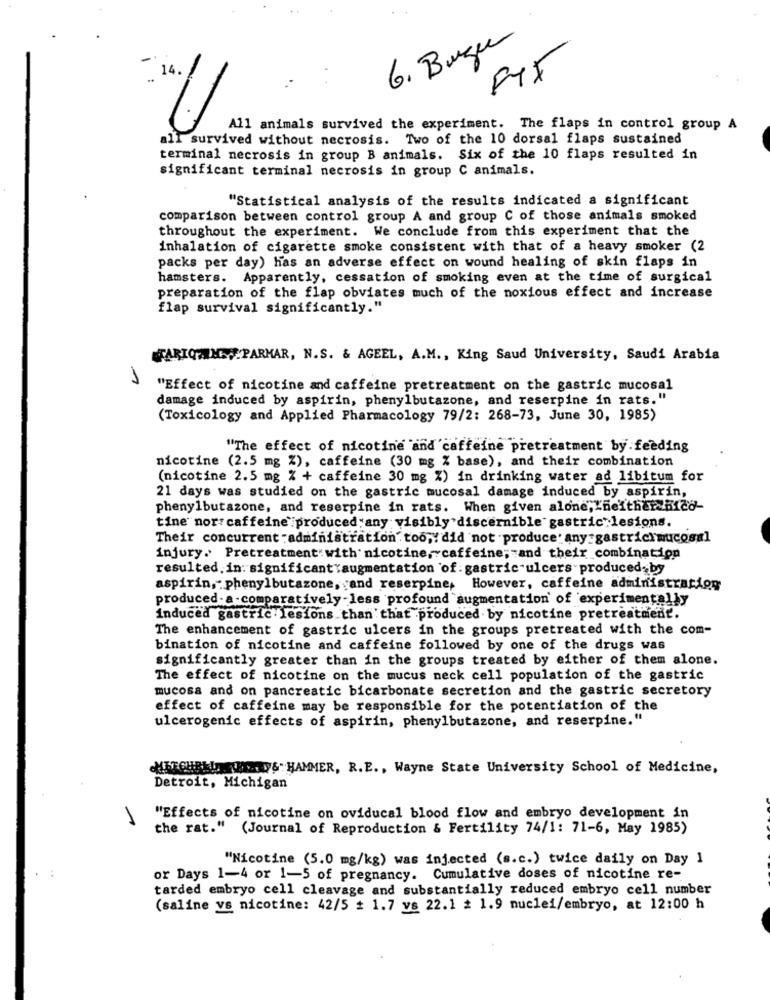
6. Buzu
14.
All animals survived the experiment. The flaps in control group A
all survived without necrosis. Two of the 10 dorsal flaps sustained
terminal necrosis in group B animals. Six of the 10 flaps resulted in
significant terminal necrosis in group C animals.
"Statistical analysis of the results indicated a significant
comparison between control group A and group C of those animals smoked
throughout the experiment. We conclude from this experiment that the
inhalation of cigarette smoke consistent with that of a heavy smoker (2
packs per day) has an adverse effect on wound healing of skin flaps in
hamsters. Apparently, cessation of smoking even at the time of surgical
preparation of the flap obviates much of the noxious effect and increase
flap survival significantly."
TARIQTIME,"PARMAR, N.S. & AGEEL, A.M ., King Saud University, Saudi Arabia
1
"Effect of nicotine and caffeine pretreatment on the gastric mucosal
damage induced by aspirin, phenylbutazone, and reserpine in rats."
(Toxicology and Applied Pharmacology 79/2: 268-73, June 30, 1985)
"The effect of nicotine and caffeine pretreatment by feeding
nicotine (2.5 mg %), caffeine (30 mg % base), and their combination
(nicotine 2.5 mg % + caffeine 30 mg %) in drinking water ad libitum for
21 days was studied on the gastric mucosal damage induced by aspirin,
phenylbutazone, and reserpine in rats. When given alone, "neither Rico-
tine" nor:caffeine produced any visibly discernible gastric lesions.
Their concurrent :administration too ,: did not .produce. any :gastricimucosal
injury. Pretreatment: with nicotine, caffeine; and their combination
resulted. in: significant augmentation of : gastric ulcers produced, by
aspirin, phenylbutazone, and reserpine, However, caffeine administration
produced-a-comparatively-less profound augmentation of experimentally
induced gastric lesions than that produced by nicotine pretreatment.
The enhancement of gastric ulcers in the groups pretreated with the com-
bination of nicotine and caffeine followed by one of the drugs was
significantly greater than in the groups treated by either of them alone.
The effect of nicotine on the mucus neck cell population of the gastric
mucosa and on pancreatic bicarbonate secretion and the gastric secretory
effect of caffeine may be responsible for the potentiation of the
ulcerogenic effects of aspirin, phenylbutazone, and reserpine."
METCHREIE. .... W& HAMMER, R.E ., Wayne State University School of Medicine,
Detroit, Michigan
"Effects of nicotine on oviducal blood flow and embryo development in
the rat." (Journal of Reproduction & Fertility 74/1: 71-6, May 1985)
"Nicotine (5.0 mg/kg) was injected (s.c.) twice daily on Day 1
or Days 1-4 or 1-5 of pregnancy. Cumulative doses of nicotine re-
tarded embryo cell cleavage and substantially reduced embryo cell number
(saline vs nicotine: 42/5 # 1.7 vs 22.1 = 1.9 nuclei/embryo, at 12:00 h